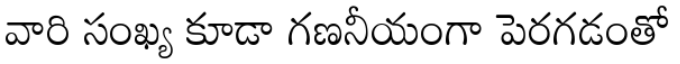
వారి సంఖ్య కూడా గణనీయంగా పెరగడంతో